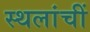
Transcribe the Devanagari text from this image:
स्थलांचीं